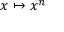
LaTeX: x \mapsto x ^ { n }